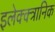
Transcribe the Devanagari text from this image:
इलेक्क्त्रानिक